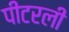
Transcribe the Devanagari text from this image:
पीटरली